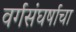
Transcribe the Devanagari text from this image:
वर्गसंघर्षाचा